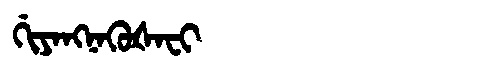
Manchu: ᡤᡳᠶᠠᠩᠨᠠᡴᡠᡧᠠᠸᡳ
Romanization: GIYANGNAKUŠAFI